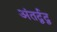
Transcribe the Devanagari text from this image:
अंतर्द्वद्व